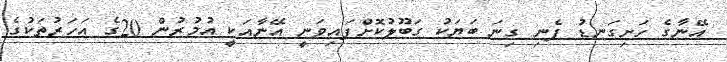
އޭނާގެ ހަށިގަނޑު ފެނި ގިނަ ބަޔަކު ގަބޫލުކޮށްފައިވަނީ އޭނާއަކީ އުމުރުން 20ގެ އަހަރުތަކުގެ